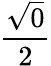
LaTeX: \frac{\sqrt{0}}{2}